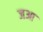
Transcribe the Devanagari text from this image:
जआ